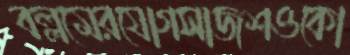
বল্লমেরযোগসাজশওকো